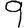
Digit: 9